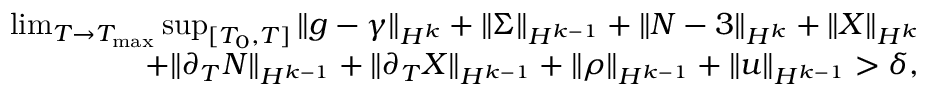
\begin{array} { r } { \operatorname* { l i m } _ { T \to T _ { \mathrm { m a x } } } \operatorname* { s u p } _ { [ T _ { 0 } , T ] } \| g - \gamma \| _ { H ^ { k } } + \| \Sigma \| _ { H ^ { k - 1 } } + \| N - 3 \| _ { H ^ { k } } + \| X \| _ { H ^ { k } } } \\ { + \| \partial _ { T } N \| _ { H ^ { k - 1 } } + \| \partial _ { T } X \| _ { H ^ { k - 1 } } + \| \rho \| _ { H ^ { k - 1 } } + \| u \| _ { H ^ { k - 1 } } > \delta , } \end{array}